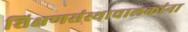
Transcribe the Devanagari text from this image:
शिक्षणसंस्थाचालकांना